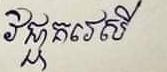
វិជ្ជាគវេសី